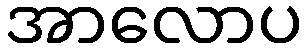
အာလောပ